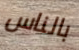
بالناس